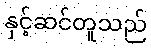
နှင့်ဆင်တူသည်